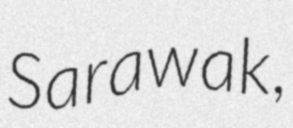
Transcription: Sarawak,